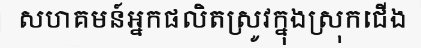
សហគមន៍អ្នកផលិតស្រូវក្នុងស្រុកជើង